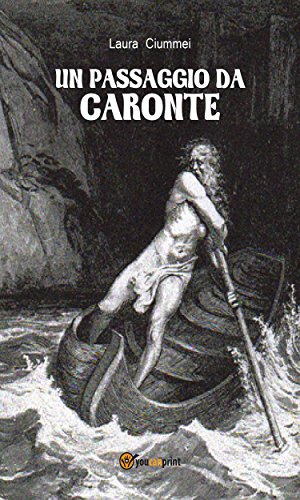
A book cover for Un passaggio da Caronte (Italian Edition); Laura Ciummei; Crafts, Hobbies & Home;